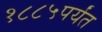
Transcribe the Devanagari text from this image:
१८८५पर्यंत